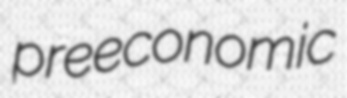
preeconomic